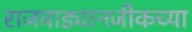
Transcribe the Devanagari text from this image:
राजवाड्यानजीकच्या